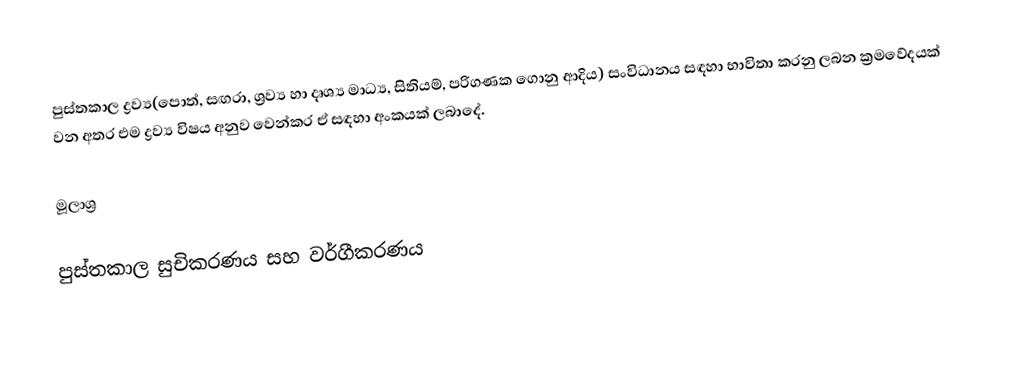
පුස්තකාල‍ ද්‍රව්‍ය(පොත්, සඟරා, ශ්‍රව්‍ය හා දෘශ්‍ය මාධ්‍ය, සිතියම්, පරිගණක ‍ගොනු ආදිය) සංවිධානය සඳහා භාවිතා කරනු ලබන ක්‍රමවේදයක් වන අතර එම ද්‍රව්‍ය විෂය අනුව වෙන්කර ඒ සඳහා අංකයක් ලබාදේ.

මූලාශ්‍ර

පුස්තකාල සුචිකරණය සහ වර්ගීකරණය